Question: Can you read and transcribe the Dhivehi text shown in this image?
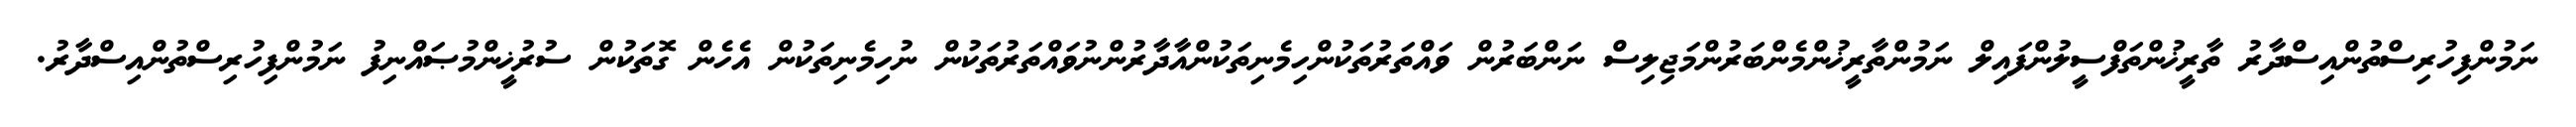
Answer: ނަމުންފިހުރިސްތުންއިސްދާރު ތާރީޚުންތަފްސީލުންފައިލް ނަމުންތާރީޚުންމެންބަރުންމަޖިލިސް ނަންބަރުން ވައްތަރުތަކުންހިމެނިތަކުންއާދާރުންނުވައްތަރުތަކުން ނުހިމެނިތަކުން އެހެން ގޮތަކުން ސުރުޚީންމުޞައްނިފު ނަމުންފިހުރިސްތުންއިސްދާރު.